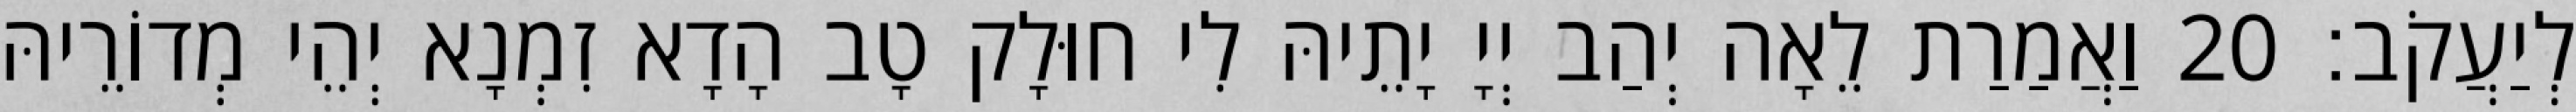
לְיַעֲקֹב׃ 20 וַאֲמַרַת לֵאָה יְהַב יְיָ יָתֵיהּ לִי חוּלָק טָב הָדָא זִמְנָא יְהֵי מְדוֹרֵיהּ